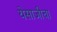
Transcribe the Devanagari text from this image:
येसाजीचा